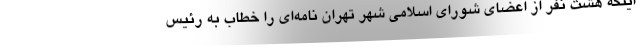
اینکه هشت نفر از اعضای شورای اسلامی شهر تهران نامه‌ای را خطاب به رئیس